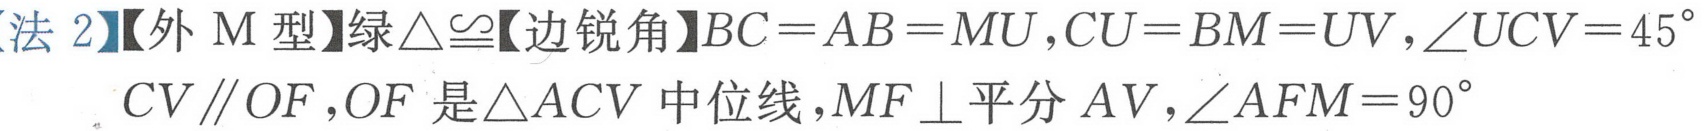
【法2】【外M型】绿$\triangle\cong$【边锐角】$BC = AB = MU,CU = BM = UV,\angle UCV = 45^{\circ}$
$CV\parallel OF,OF$是$\triangle ACV$中位线$,MF\perp$平分$AV,\angle AFM = 90^{\circ}$